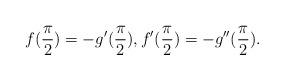
LaTeX: \begin{align*} f(\frac \pi 2)= - g'(\frac \pi 2),f'(\frac \pi 2)= - g''(\frac \pi 2).\end{align*}